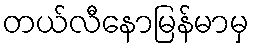
တယ်လီနောမြန်မာမှ